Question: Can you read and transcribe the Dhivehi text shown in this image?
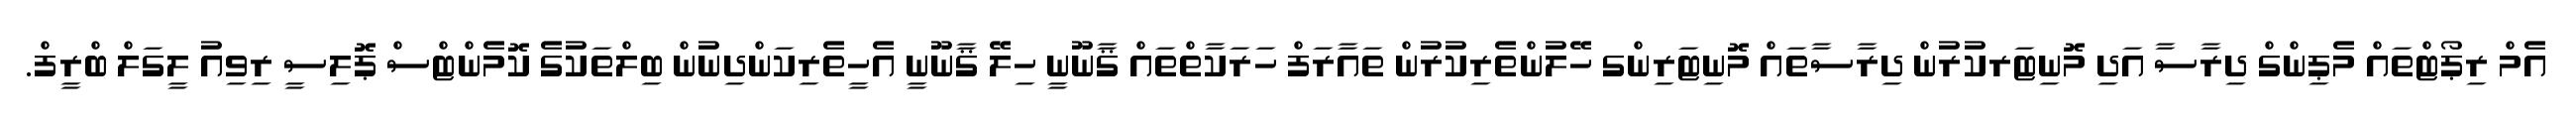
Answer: އެމް ރިޕޯޓްތައް މެޕިންގް ދިރާސާ އަދި މޮނިޓަރކުރުން ދިރާސާތައް މޮނިޓަރިންގ ހޭލުންތެރިކުރުން ތައާރަފް ހަރަކާތްތައް ޤާނޫނީ ހިލޭ ޤާނޫނީ އެހީތެރިކަންދިނުން ބިލްތަކުގެ ކޮމެންޓްސް ޕޮލިސީ ރިވިއު ލީގަލް ބްރީފް.